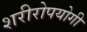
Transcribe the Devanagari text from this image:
शरीरोपयोगी